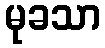
မုခသာ